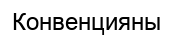
Конвенцияны